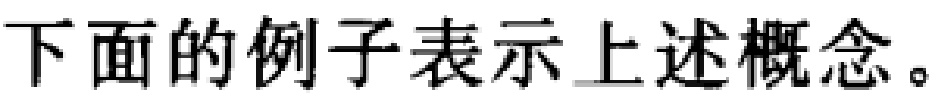
下面的例子表示上述概念。